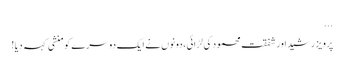
...
پرویز رشید اور شفقت محمود کی لڑائی، دونوں نے ایک دوسرے کو منشی کہہ دیا!